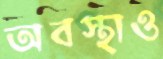
অবস্থাও